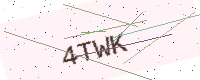
Text: 4TWK